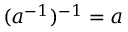
( a ^ { - 1 } ) ^ { - 1 } = a